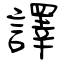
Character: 譯